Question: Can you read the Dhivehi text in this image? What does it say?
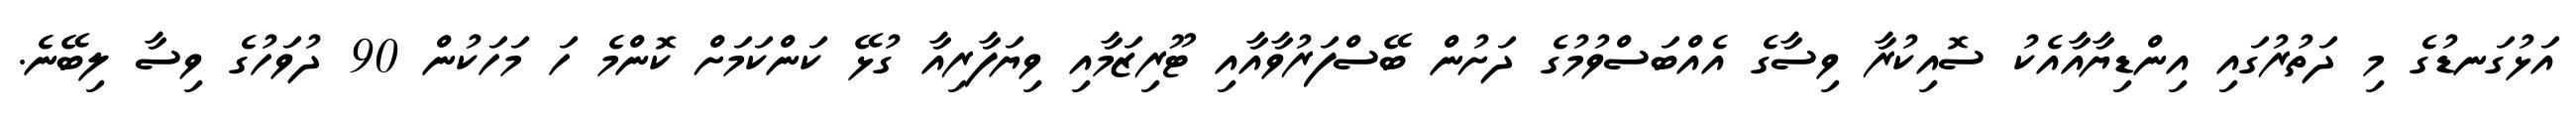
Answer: އަޅުގަނޑުގެ މި ދަތުރުގައި އިންޑިޔާއާއެކު ސޮއިކުރާ ވިސާގެ އެއްބަސްވުމުގެ ދަށުން ބޭސްފަރުވާއާއި ޓޫރިޒަމާއި ވިޔަފާރިއާ ގުޅޭ ކަންކަމަށް ކޮންމެ ހަ މަހަކުން 90 ދުވަހުގެ ވިސާ ލިބޭނެ.